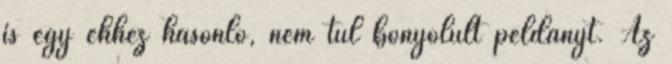
is egy ehhez hasonló, nem túl bonyolult példányt. Az